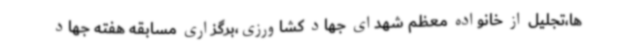
ها،تجلیل از خانواده معظم شهدای جهاد کشاورزی،برگزاری مسابقه هفته جهاد